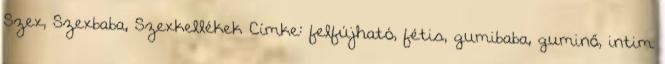
Szex, Szexbaba, Szexkellékek Címke: felfújható, fétis, gumibaba, guminő, intim